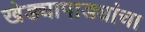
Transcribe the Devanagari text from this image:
खेड्यापाड्यांचा